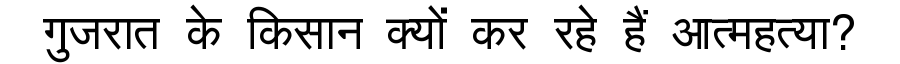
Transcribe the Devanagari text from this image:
गुजरात के किसान क्यों कर रहे हैं आत्महत्या?